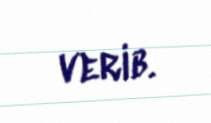
verib.